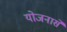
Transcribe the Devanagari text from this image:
योजनासे